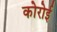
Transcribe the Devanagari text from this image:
कोरोई